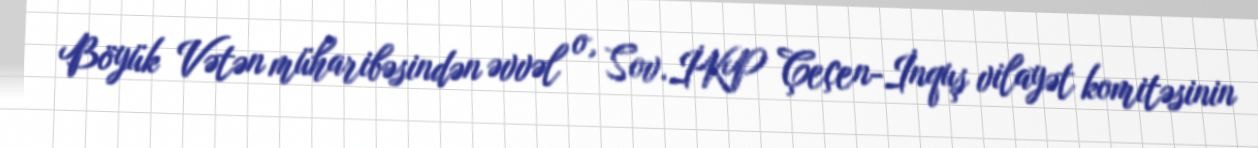
Böyük Vətən müharibəsindən əvvəl o, Sov.İKP Çeçen-İnquş vilayət komitəsinin